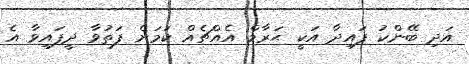
އަދި ބޭންކު ފައިދާ އަކީ ޙަރާމް އެއްޗެއް ކަމަށް ފަތުވާ ދީފައިވާ އެ